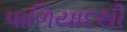
પાળિયાદથી